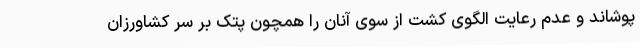
پوشاند و عدم رعایت الگوی کشت از سوی آنان را همچون پتک بر سر کشاورزان